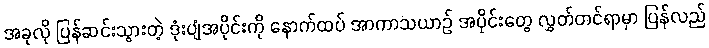
အခုလို ပြန်ဆင်းသွားတဲ့ ဒုံးပျံအပိုင်းကို နောက်ထပ် အာကာသယာဉ် အပိုင်းတွေ လွှတ်တင်ရာမှာ ပြန်လည်